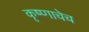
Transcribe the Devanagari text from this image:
कृष्णाचेच